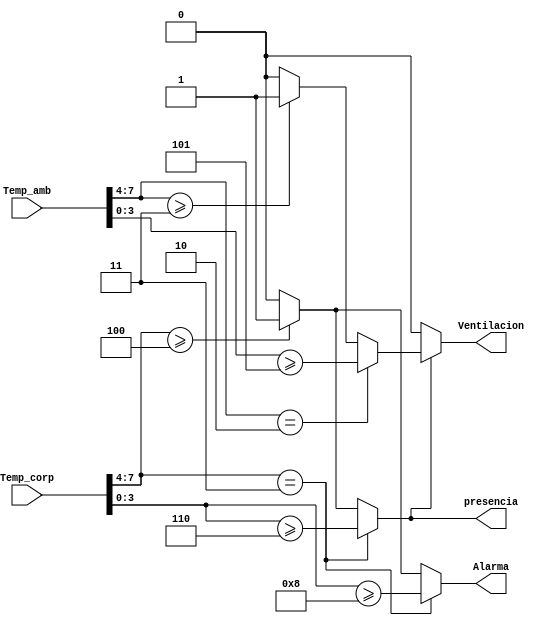
`timescale 1s / 1ms
//////////////////////////////////////////////////////////////////////////////////
// Company: 
// Engineer: 
// 
// Design Name: 
// Module Name:    Alarma 
// Project Name: 
// Target Devices: 
// Tool versions: 
// Description: 
//
// Dependencies: 
//
// Revision: 
// Revision 0.01 - File Created
// Additional Comments: 
//
//////////////////////////////////////////////////////////////////////////////////
module Alarma(
    input wire [7:0] Temp_amb,
    input wire [7:0] Temp_corp,
    output reg Alarma,
    output reg Ventilacion,
	 output reg presencia
    );
	 
	always@*
		begin 
			if (Temp_corp[7:4] == 4'd3)
				begin
					Alarma = (Temp_corp[3:0] >= 4'd8);
					presencia = (Temp_corp[3:0] >= 4'd6);
				end
			else 
				begin 
					presencia = (Temp_corp[7:4] >= 4'd4)? 1'b1 : 1'b0;
					Alarma = (Temp_corp[7:4] >= 4'd4)? 1'b1 : 1'b0; 
				end
	 
			if (presencia)
				if (Temp_amb[7:4] == 4'd2)
						Ventilacion = (Temp_amb[3:0] >= 4'd5);
				else Ventilacion = (Temp_amb[7:4] >= 4'd3)? 1'b1 : 1'b0;
			else Ventilacion = 1'b0;
		end
	
endmodule